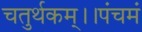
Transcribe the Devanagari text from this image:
चतुर्थकम्।।पंचमं